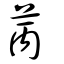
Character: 苪